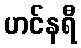
ဟင်နရီ